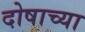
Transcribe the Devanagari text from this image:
दोषाच्या